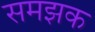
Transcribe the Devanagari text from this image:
समझक